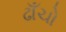
ઢાઁચો